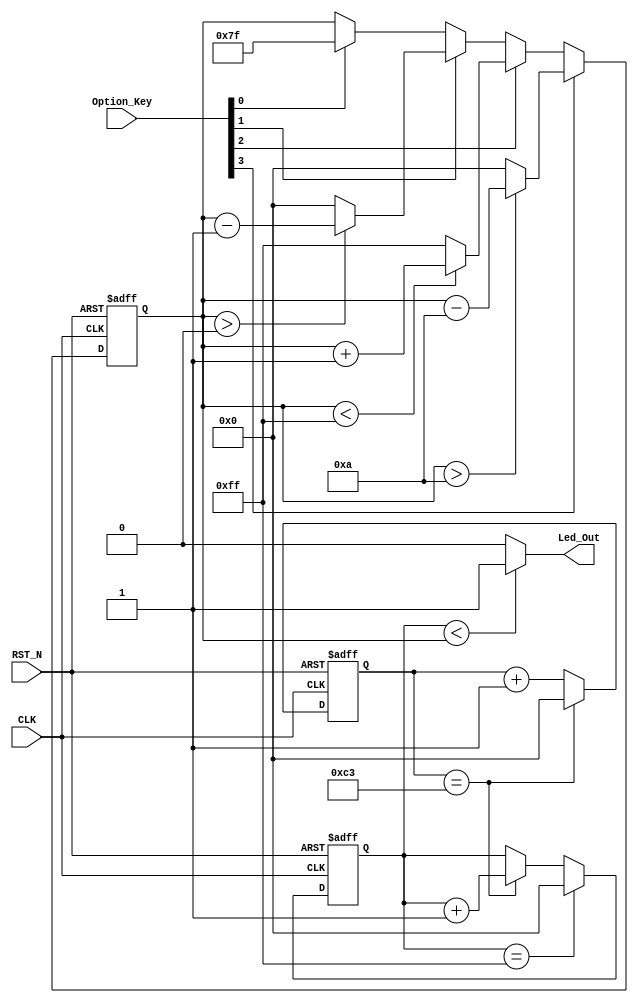
module optional_pwm_module
(
    input CLK,
	 input RST_N,
	 input [3:0]Option_Key,
	 output Led_Out
);
	 
	 /*******************************/
	 
	 parameter SEGMENT = 8'd195; // 3.9us 50M*(3.9*e-6)=195
	 
	 /*******************************/
	 
	 reg [7:0]C1;
	 
	 always @ ( posedge CLK or negedge RST_N )
	     if( !RST_N )
		      C1 <= 8'd0;
		  else if( C1 == SEGMENT )
		      C1 <= 8'd0;
		  else 
		      C1 <= C1 + 1'b1; 
				
	 /*******************************/
	
	 reg [7:0]System_Seg;
	
    always @ ( posedge CLK or negedge RST_N )
	     if( !RST_N )
		      System_Seg <= 8'd0;
		  else if( System_Seg == 8'd255 )
		      System_Seg <= 8'd0;
		  else if( C1 == SEGMENT )
		      System_Seg <= System_Seg + 1'b1;
	
	 /*******************************/
	 
	 reg [7:0]Option_Seg;
	 
	 always @ ( posedge CLK or negedge RST_N )
	     if( !RST_N )
		  
		      Option_Seg <= 8'd0;
				
/*   	  else if( Option_Key[4] ) // Key up = Segment + 10
		  
      		if( Option_Seg < 8'd245) Option_Seg <= Option_Seg + 8'd10; 
				else Option_Seg <= 8'd255;
*/		  
		  else if( Option_Key[3] ) // key down = Segment - 10
		  
		      if( Option_Seg > 8'd10) Option_Seg <= Option_Seg - 8'd10; 
				else Option_Seg <= 8'd0;
				
		  else if( Option_Key[2] ) // key left = Segment + 1
		  
      		if( Option_Seg < 8'd255) Option_Seg <= Option_Seg + 8'd1; 
				else Option_Seg <= 8'd255;
				
		  else if( Option_Key[1] ) // key down = Segment - 1
		  
		      if( Option_Seg > 8'd0) Option_Seg <= Option_Seg - 8'd1; 
				else Option_Seg <= 8'd0;
				
		  else if( Option_Key[0] ) // key middle = Segment = half
		  
				Option_Seg <= 8'd127;
		   
    /******************************************/

    assign Led_Out = ( System_Seg < Option_Seg ) ? 1'b1 : 1'b0;
	 
	 /******************************************/
	 
endmodule